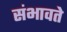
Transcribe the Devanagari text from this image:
संभावते